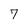
Character: 7